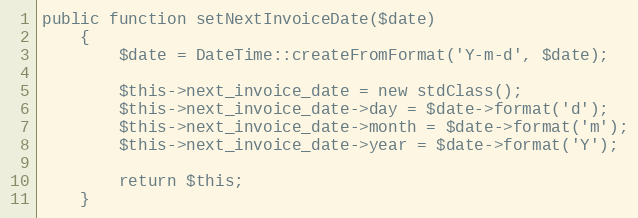
Language: PHP
public function setNextInvoiceDate($date)
    {
        $date = DateTime::createFromFormat('Y-m-d', $date);

        $this->next_invoice_date = new stdClass();
        $this->next_invoice_date->day = $date->format('d');
        $this->next_invoice_date->month = $date->format('m');
        $this->next_invoice_date->year = $date->format('Y');

        return $this;
    }